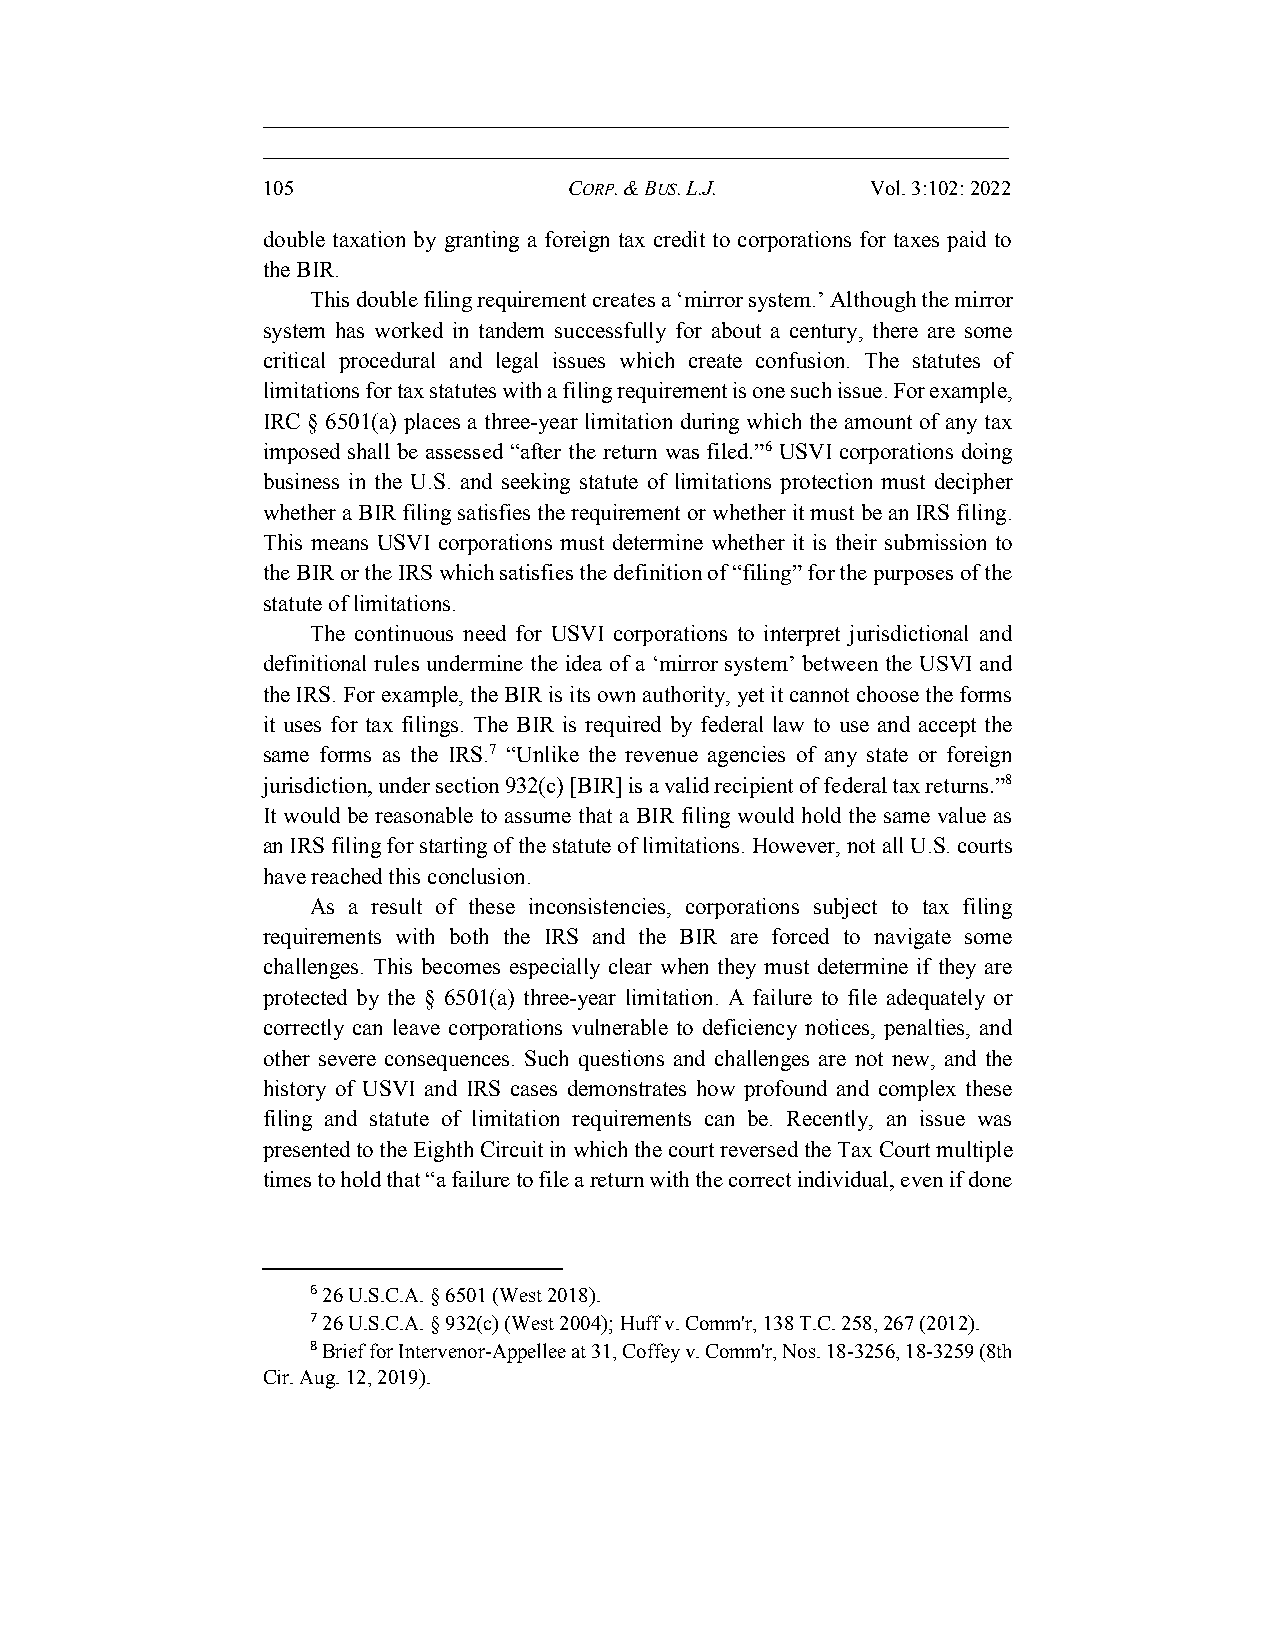
105                  CORP. & BUS. L.J.   Vol. 3:102: 2022
 double taxation by granting a foreign tax credit to corporations for taxes paid to
 the BIR.
 This double filing requirement creates a ‘mirror system.’ Although the mirror
 system has worked in tandem successfully for about a century, there are some
 critical procedural and legal issues which create confusion. The statutes of
 limitations for tax statutes with a filing requirement is one such issue. For example,
 IRC § 6501(a) places a three-year limitation during which the amount of any tax
 imposed shall be assessed “after the return was filed.”6 USVI corporations doing
 business in the U.S. and seeking statute of limitations protection must decipher
 whether a BIR filing satisfies the requirement or whether it must be an IRS filing.
 This means USVI corporations must determine whether it is their submission to
 the BIR or the IRS which satisfies the definition of “filing” for the purposes of the
 statute of limitations.
 The continuous need for USVI corporations to interpret jurisdictional and
 definitional rules undermine the idea of a ‘mirror system’ between the USVI and
 the IRS. For example, the BIR is its own authority, yet it cannot choose the forms
 it uses for tax filings. The BIR is required by federal law to use and accept the
 same forms as the IRS.7 “Unlike the revenue agencies of any state or foreign
 jurisdiction, under section 932(c) [BIR] is a valid recipient of federal tax returns.”8
 It would be reasonable to assume that a BIR filing would hold the same value as
 an IRS filing for starting of the statute of limitations. However, not all U.S. courts
 have reached this conclusion.
 As a result of these inconsistencies, corporations subject to tax filing
 requirements with both the IRS and the BIR are forced to navigate some
 challenges. This becomes especially clear when they must determine if they are
 protected by the § 6501(a) three-year limitation. A failure to file adequately or
 correctly can leave corporations vulnerable to deficiency notices, penalties, and
 other severe consequences. Such questions and challenges are not new, and the
 history of USVI and IRS cases demonstrates how profound and complex these
 filing and statute of limitation requirements can be. Recently, an issue was
 presented to the Eighth Circuit in which the court reversed the Tax Court multiple
 times to hold that “a failure to file a return with the correct individual, even if done
 6 26 U.S.C.A. § 6501 (West 2018).
 7 26 U.S.C.A. § 932(c) (West 2004); Huff v. Comm'r, 138 T.C. 258, 267 (2012).
 8 Brief for Intervenor-Appellee at 31, Coffey v. Comm'r, Nos. 18-3256, 18-3259 (8th
 Cir. Aug. 12, 2019).